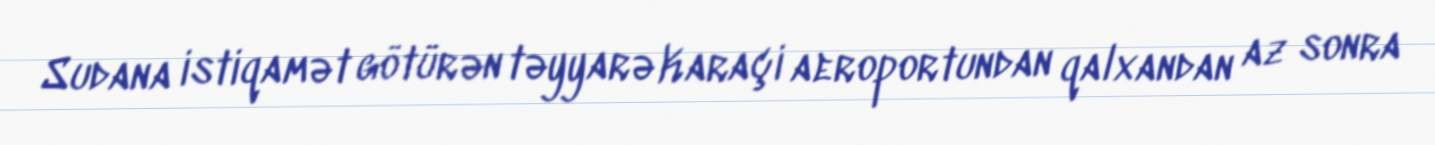
Sudana istiqamət götürən təyyarə Karaçi aeroportundan qalxandan az sonra